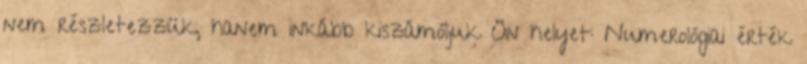
nem részletezzük, hanem inkább kiszámóljuk Ön helyet: Numerológiai érték